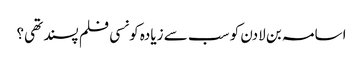
اسامہ بن لادن کو سب سے زیادہ کونسی فلم پسند تھی؟